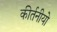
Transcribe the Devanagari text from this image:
कीर्तनीयो